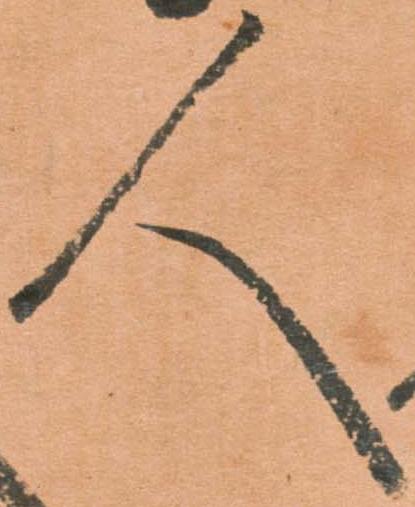
人